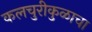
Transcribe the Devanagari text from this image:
कलचुरीकुळाचा